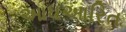
આધઆરિત